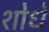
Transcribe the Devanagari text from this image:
शोधे